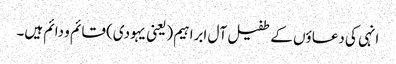
انہی کی دعاؤں کے طفیل آل ابراہیم (یعنی یہودی) قائم و دائم ہیں۔